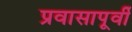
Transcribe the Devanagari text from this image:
प्रवासापूर्वी